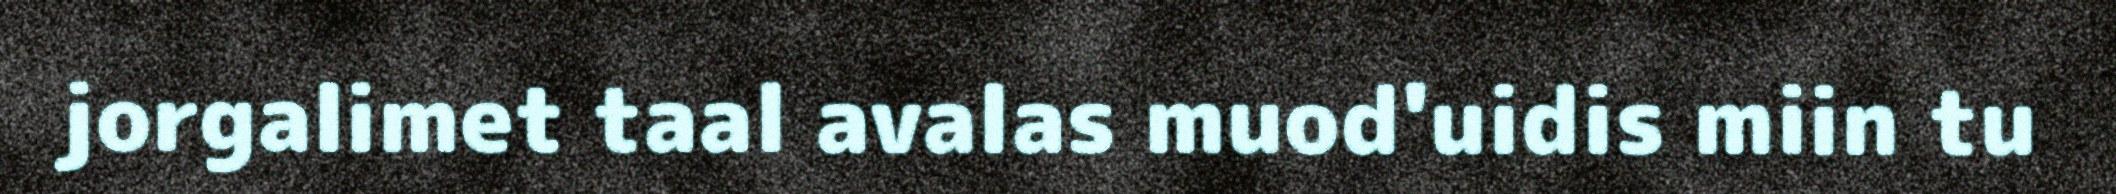
jorgalimet taal avalas muod'uidis miin tu